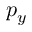
p _ { y }